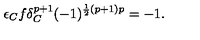
\epsilon _ { C } f \delta _ { C } ^ { p + 1 } ( - 1 ) ^ { \frac 1 2 ( p + 1 ) p } = - 1 .